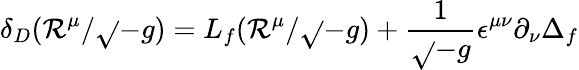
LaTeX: \delta_{D}(\mathcal{R}^{\mu}/\sqrt{}{{-g}})=L_{f}(\mathcal{R}^{\mu}/\sqrt{}{{-g}})+\frac{{1}}{{\sqrt{}{{-g}}}}\epsilon^{\mu\nu}\partial_{\nu}\Delta_{f}